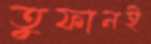
তুফানই